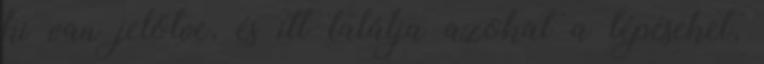
ki van jelölve, és itt találja azokat a lépéseket,